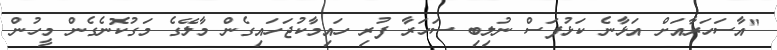
"އާސަހަރާއަށް އަޅާނެ ކަޅުފަސް ނުލިބި ސަހަރާ ފުރި ހައިމާކުޖަހައިގެން މާލޭގެ މަގުކޮނެގެން މީހުން